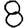
Digit: 8